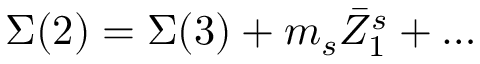
\Sigma ( 2 ) = \Sigma ( 3 ) + m _ { s } \bar { Z } _ { 1 } ^ { s } + \ldots